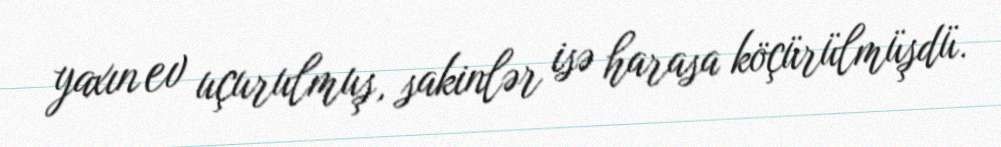
yaxın ev uçurulmuş, sakinlər isə harasa köçürülmüşdü.